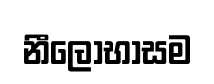
නීලොභාසම